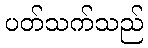
ပတ်သက်သည်